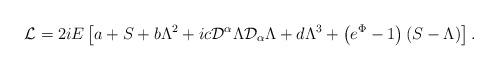
LaTeX: \begin{align*}{\mathcal{L}} = 2iE \left[a+S+b\Lambda^{2}+ic{\mathcal{D}}^{\alpha}\Lambda{\mathcal{D}}_{\alpha} \Lambda+d\Lambda^{3} + \left(e^{\Phi}-1\right)\left(S-\Lambda\right)\right].\end{align*}